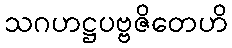
သဂဟဋ္ဌပဗ္ဗဇိတေဟိ